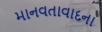
માનવતાવાદના